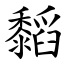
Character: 䵚